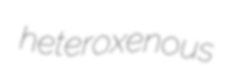
heteroxenous